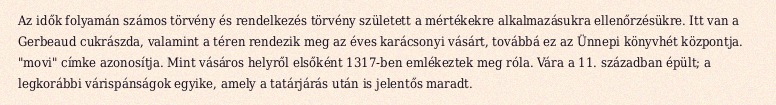
Az idők folyamán számos törvény és rendelkezés törvény született a mértékekre alkalmazásukra ellenőrzésükre. Itt van a Gerbeaud cukrászda, valamint a téren rendezik meg az éves karácsonyi vásárt, továbbá ez az Ünnepi könyvhét központja. "movi" címke azonosítja. Mint vásáros helyről elsőként 1317-ben emlékeztek meg róla. Vára a 11. században épült; a legkorábbi várispánságok egyike, amely a tatárjárás után is jelentős maradt.